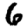
Digit: 6